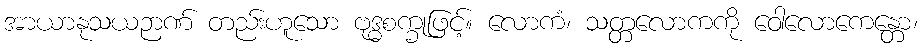
အာယာနုသယဉာဏ် တည်းဟူသော ဗုဒ္ဓစက္ခုဖြင့်။ လောကံ၊ သတ္တလောကကို ဝေါလောကေန္တော၊